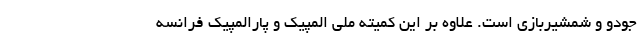
جودو و شمشیربازی است. علاوه بر این کمیته ملی المپیک و پارالمپیک فرانسه